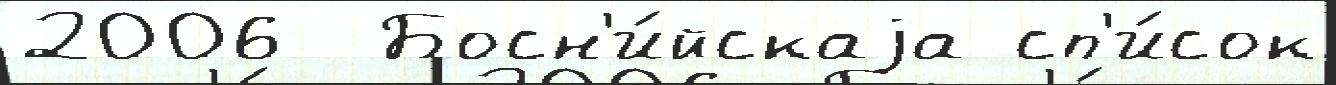
2006  Босн'и́йскаjа сп'и́сок